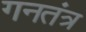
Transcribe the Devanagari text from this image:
गनतंत्र